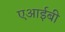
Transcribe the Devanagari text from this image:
एआईबी